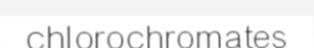
chlorochromates